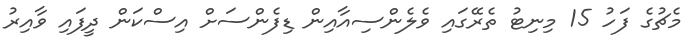
މެޗުގެ ފަހު 15 މިނިޓު ތެރޭގައި ވެލެންސިއާއިން ޑިފެންސަށް އިސްކަން ދީފައި ވާއިރު